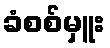
ခံစစ်မှူး